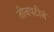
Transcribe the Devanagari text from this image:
तीनपटीनं